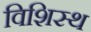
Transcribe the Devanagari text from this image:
विशिस्थ